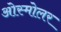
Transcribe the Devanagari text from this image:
ओस्मोलर